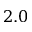
2 . 0